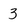
Character: 3